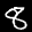
Label: 8